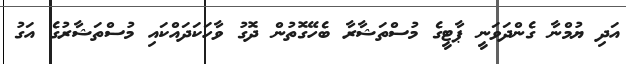
އަދި ޔުމްނާ ގެންދަވަނީ ޕާޓީގެ މުސްތަޝާރާ ބެހޭގޮތުން ދޮގު ވާހަކަދައްކައި މުސްތަޝާރުގެ އަގު